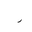
Letter: _ra